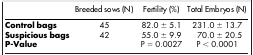
|  | Breeded sows (N) | Fertility (%) | Total Embryos (N) |
 | --- | --- | --- | --- |
 | Control bags | 45 | 82.0 ± 5.1 | 231.0 ± 13.7 |
 | Suspicious bags | 42 | 55.0 ± 9.9 | 70.0 ± 20.5 |
 | P-Value |  | P = 0.0027 | P < 0.0001 |